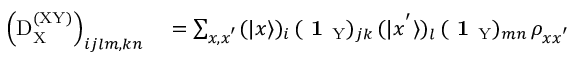
\begin{array} { r l } { \left( \mathrm { D } _ { \mathrm X } ^ { \mathrm { ( X Y ) } } \right) _ { i j l m , k n } } & { { } = \sum _ { x , x ^ { ' } } ( | x \rangle ) _ { i } \, ( \textbf { 1 } _ { \mathrm { Y } } ) _ { j k } \, ( | x ^ { ' } \rangle ) _ { l } \, ( \textbf { 1 } _ { \mathrm { Y } } ) _ { m n } \, \rho _ { x x ^ { ' } } } \end{array}